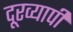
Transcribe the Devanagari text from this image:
दूरव्यापी